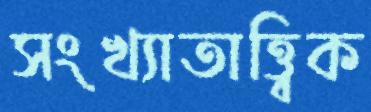
সংখ্যাতাত্ত্বিক